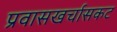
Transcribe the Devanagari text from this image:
प्रवासखर्चासकट